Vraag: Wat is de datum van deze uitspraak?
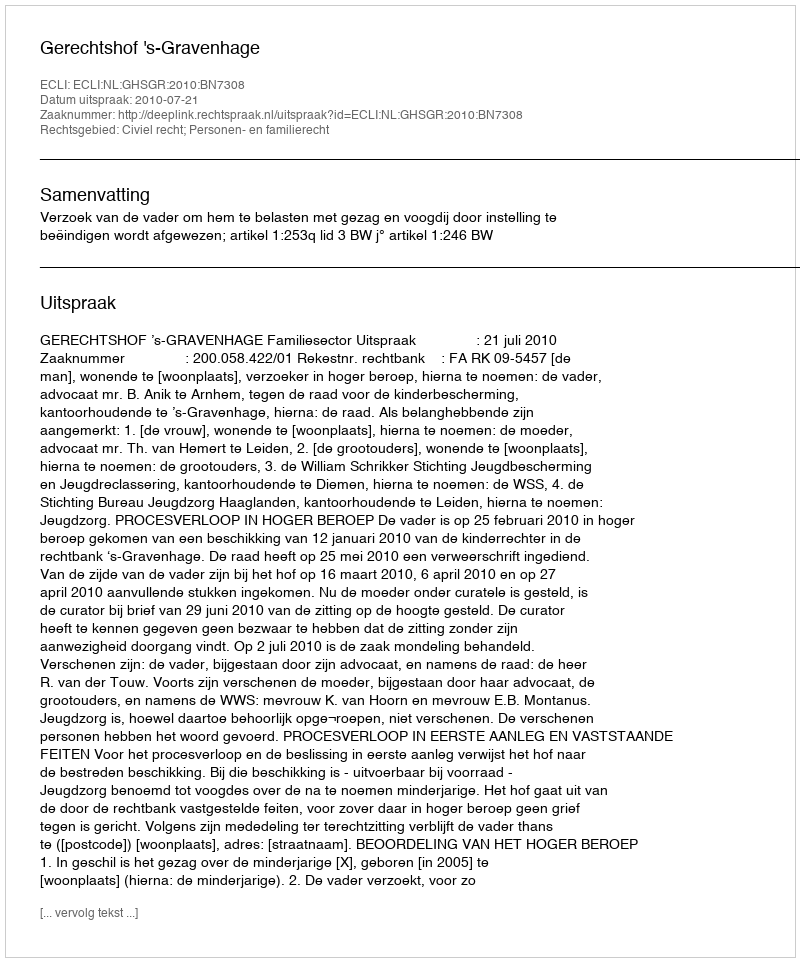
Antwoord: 2010-07-21